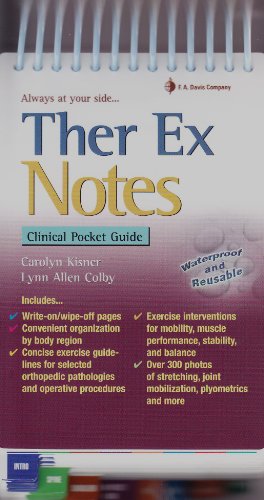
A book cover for Ther Ex Notes: Clinical Pocket Guide (Davis's Notes); Carolyn Kisner PT  MS; Medical Books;